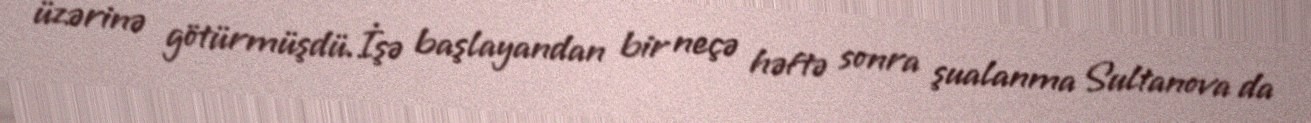
üzərinə götürmüşdü.İşə başlayandan bir neçə həftə sonra şualanma Sultanova da